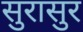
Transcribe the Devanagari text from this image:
सुरासुर